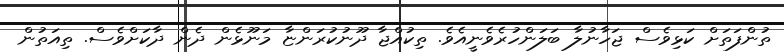
ތުންފަތަށް ކަޅިވެސް ޖަހާނުލާ ބަލަންހުރެވެނީއެވެ. ތިކުއްޖާ ދޫނުކުރަންޏާ މަނޫޅެން ދެން ދާކަށްވެސް. ތިއަތުން